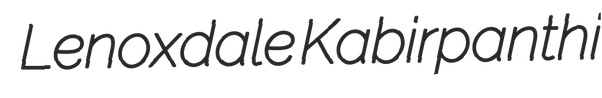
Lenoxdale Kabirpanthi